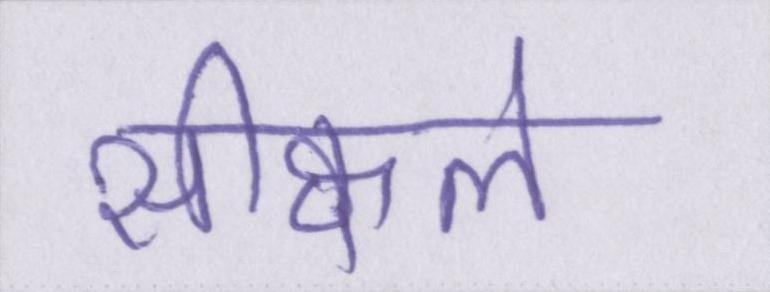
सीक्वल